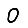
Digit: 0